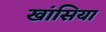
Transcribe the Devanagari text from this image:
खांसिया